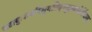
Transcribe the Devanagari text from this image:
जटायुःशवरिसुगतिदस्तुष्टवातेर्विधातु